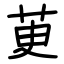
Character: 茰